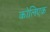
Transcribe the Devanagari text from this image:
कोलिएक